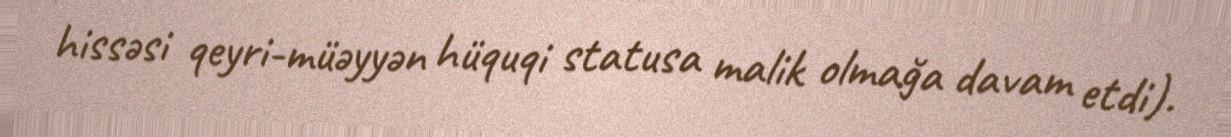
hissəsi qeyri-müəyyən hüquqi statusa malik olmağa davam etdi).